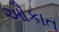
ઔકાત